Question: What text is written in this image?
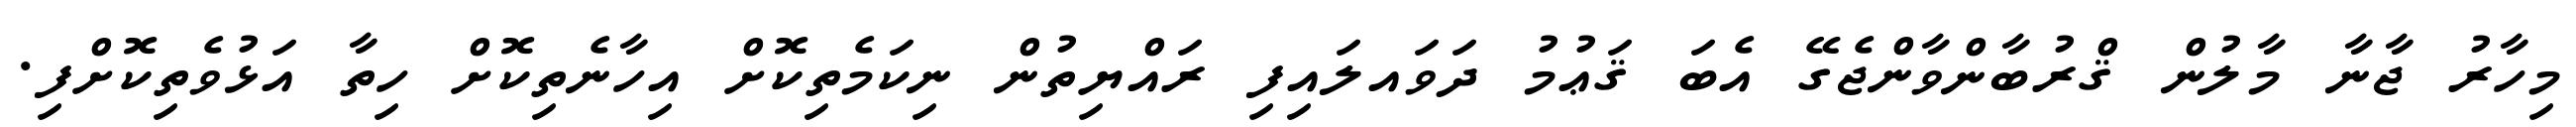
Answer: މިހާރު ޖާނާ މާލުން ޤްރުބާންވާންޖެގޭ އެބަ ޤަޢުމު ދަވައލައިފި ރައްޔިތުން ނިކަމެތިކޮށް އިހާނެތިކޮށް ހިތާ އަޅުވެތިކޮށްފި.